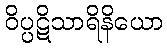
ဝိပ္ပဋိသာရိနိယော